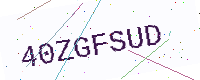
Text: 40ZGFSUD